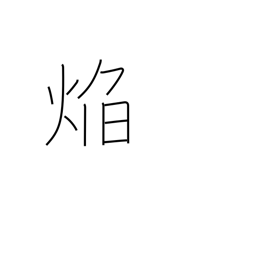
Meaning: flame